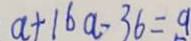
a + 1 6 a - 3 6 = 9